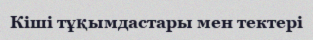
Кіші тұқымдастары мен тектері